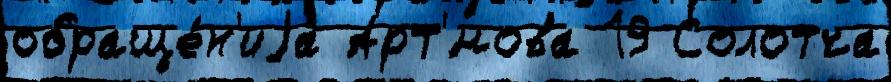
обраще́н'иjа Арт'́мова 19 Солотча